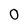
Character: 0